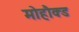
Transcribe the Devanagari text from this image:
मोहौक्ड